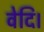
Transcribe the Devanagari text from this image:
वेदि।